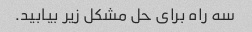
سه راه برای حل مشکل زیر بیابید.